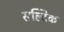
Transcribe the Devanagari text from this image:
सल्विक